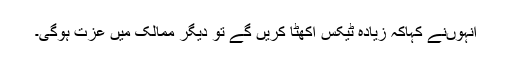
انہوںنے کہاکہ زیادہ ٹیکس اکھٹا کریں گے تو دیگر ممالک میں عزت ہوگی۔